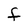
Character: F